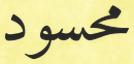
محسود